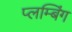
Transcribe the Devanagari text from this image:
प्लम्बिंग